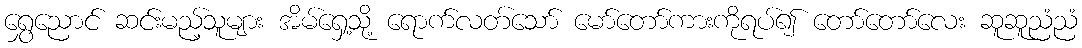
ရွှေညောင် ဆင်းမည့်သူများ အိမ်ရှေ့သို့ ရောက်လတ်သော် မော်တော်ကားကိုရပ်၍ တော်တော်လေး ဆူဆူညံညံ